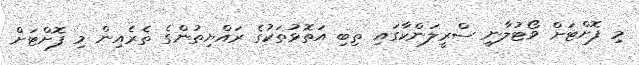
މި ފޮށްޓަށް ވޯޓުލާނީ ސްރީލަންކާގައި ތިބި އަތޮޅުތަކުގެ ރައްޔިތުންގެ ތެރެއިން މި ފޮށްޓަށް